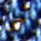
أجل